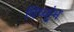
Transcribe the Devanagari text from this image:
विष्कुंभ